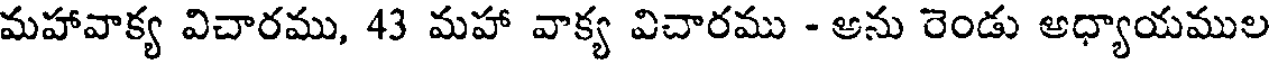
మహావాక్య విచారము, 43 మహా వాక్య విచారము - అను రెండు అధ్యాయముల